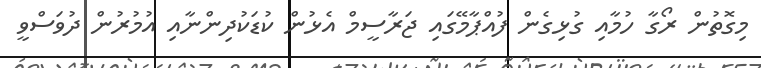
މިގޮތުން ރޯގާ ހުމާއި ގުޅިގެން ފުއްޕާމޭގައި ޖަރާސީމް އެޅުން ކުޑަކުދިންނާއި އުމުރުން ދުވަސްވީ